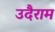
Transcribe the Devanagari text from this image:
उदैराम